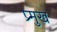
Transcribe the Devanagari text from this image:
प्र्मुख